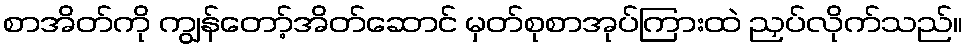
စာအိတ်ကို ကျွန်တော့်အိတ်ဆောင် မှတ်စုစာအုပ်ကြားထဲ ညှပ်လိုက်သည်။